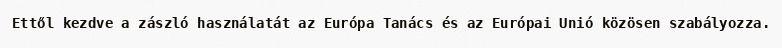
Ettől kezdve a zászló használatát az Európa Tanács és az Európai Unió közösen szabályozza.